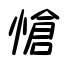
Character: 愴